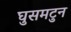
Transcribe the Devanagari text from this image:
घुसमटुन